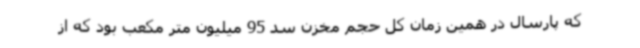
که پارسال در همین زمان کل حجم مخزن سد 95 میلیون متر مکعب بود که از